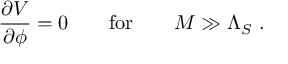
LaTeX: \frac { \partial V } { \partial { \cal \phi } } = 0 \quad \quad \mathrm { f o r } \quad \quad { \cal M } \gg { \Lambda _ { S } } \ .